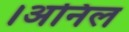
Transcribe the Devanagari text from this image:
।अनिल